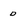
Character: D